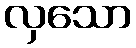
လှသော